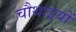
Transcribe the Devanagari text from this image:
चौथाइयों